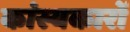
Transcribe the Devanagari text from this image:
कांस्यकारों